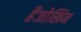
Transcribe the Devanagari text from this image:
हैजोखिम